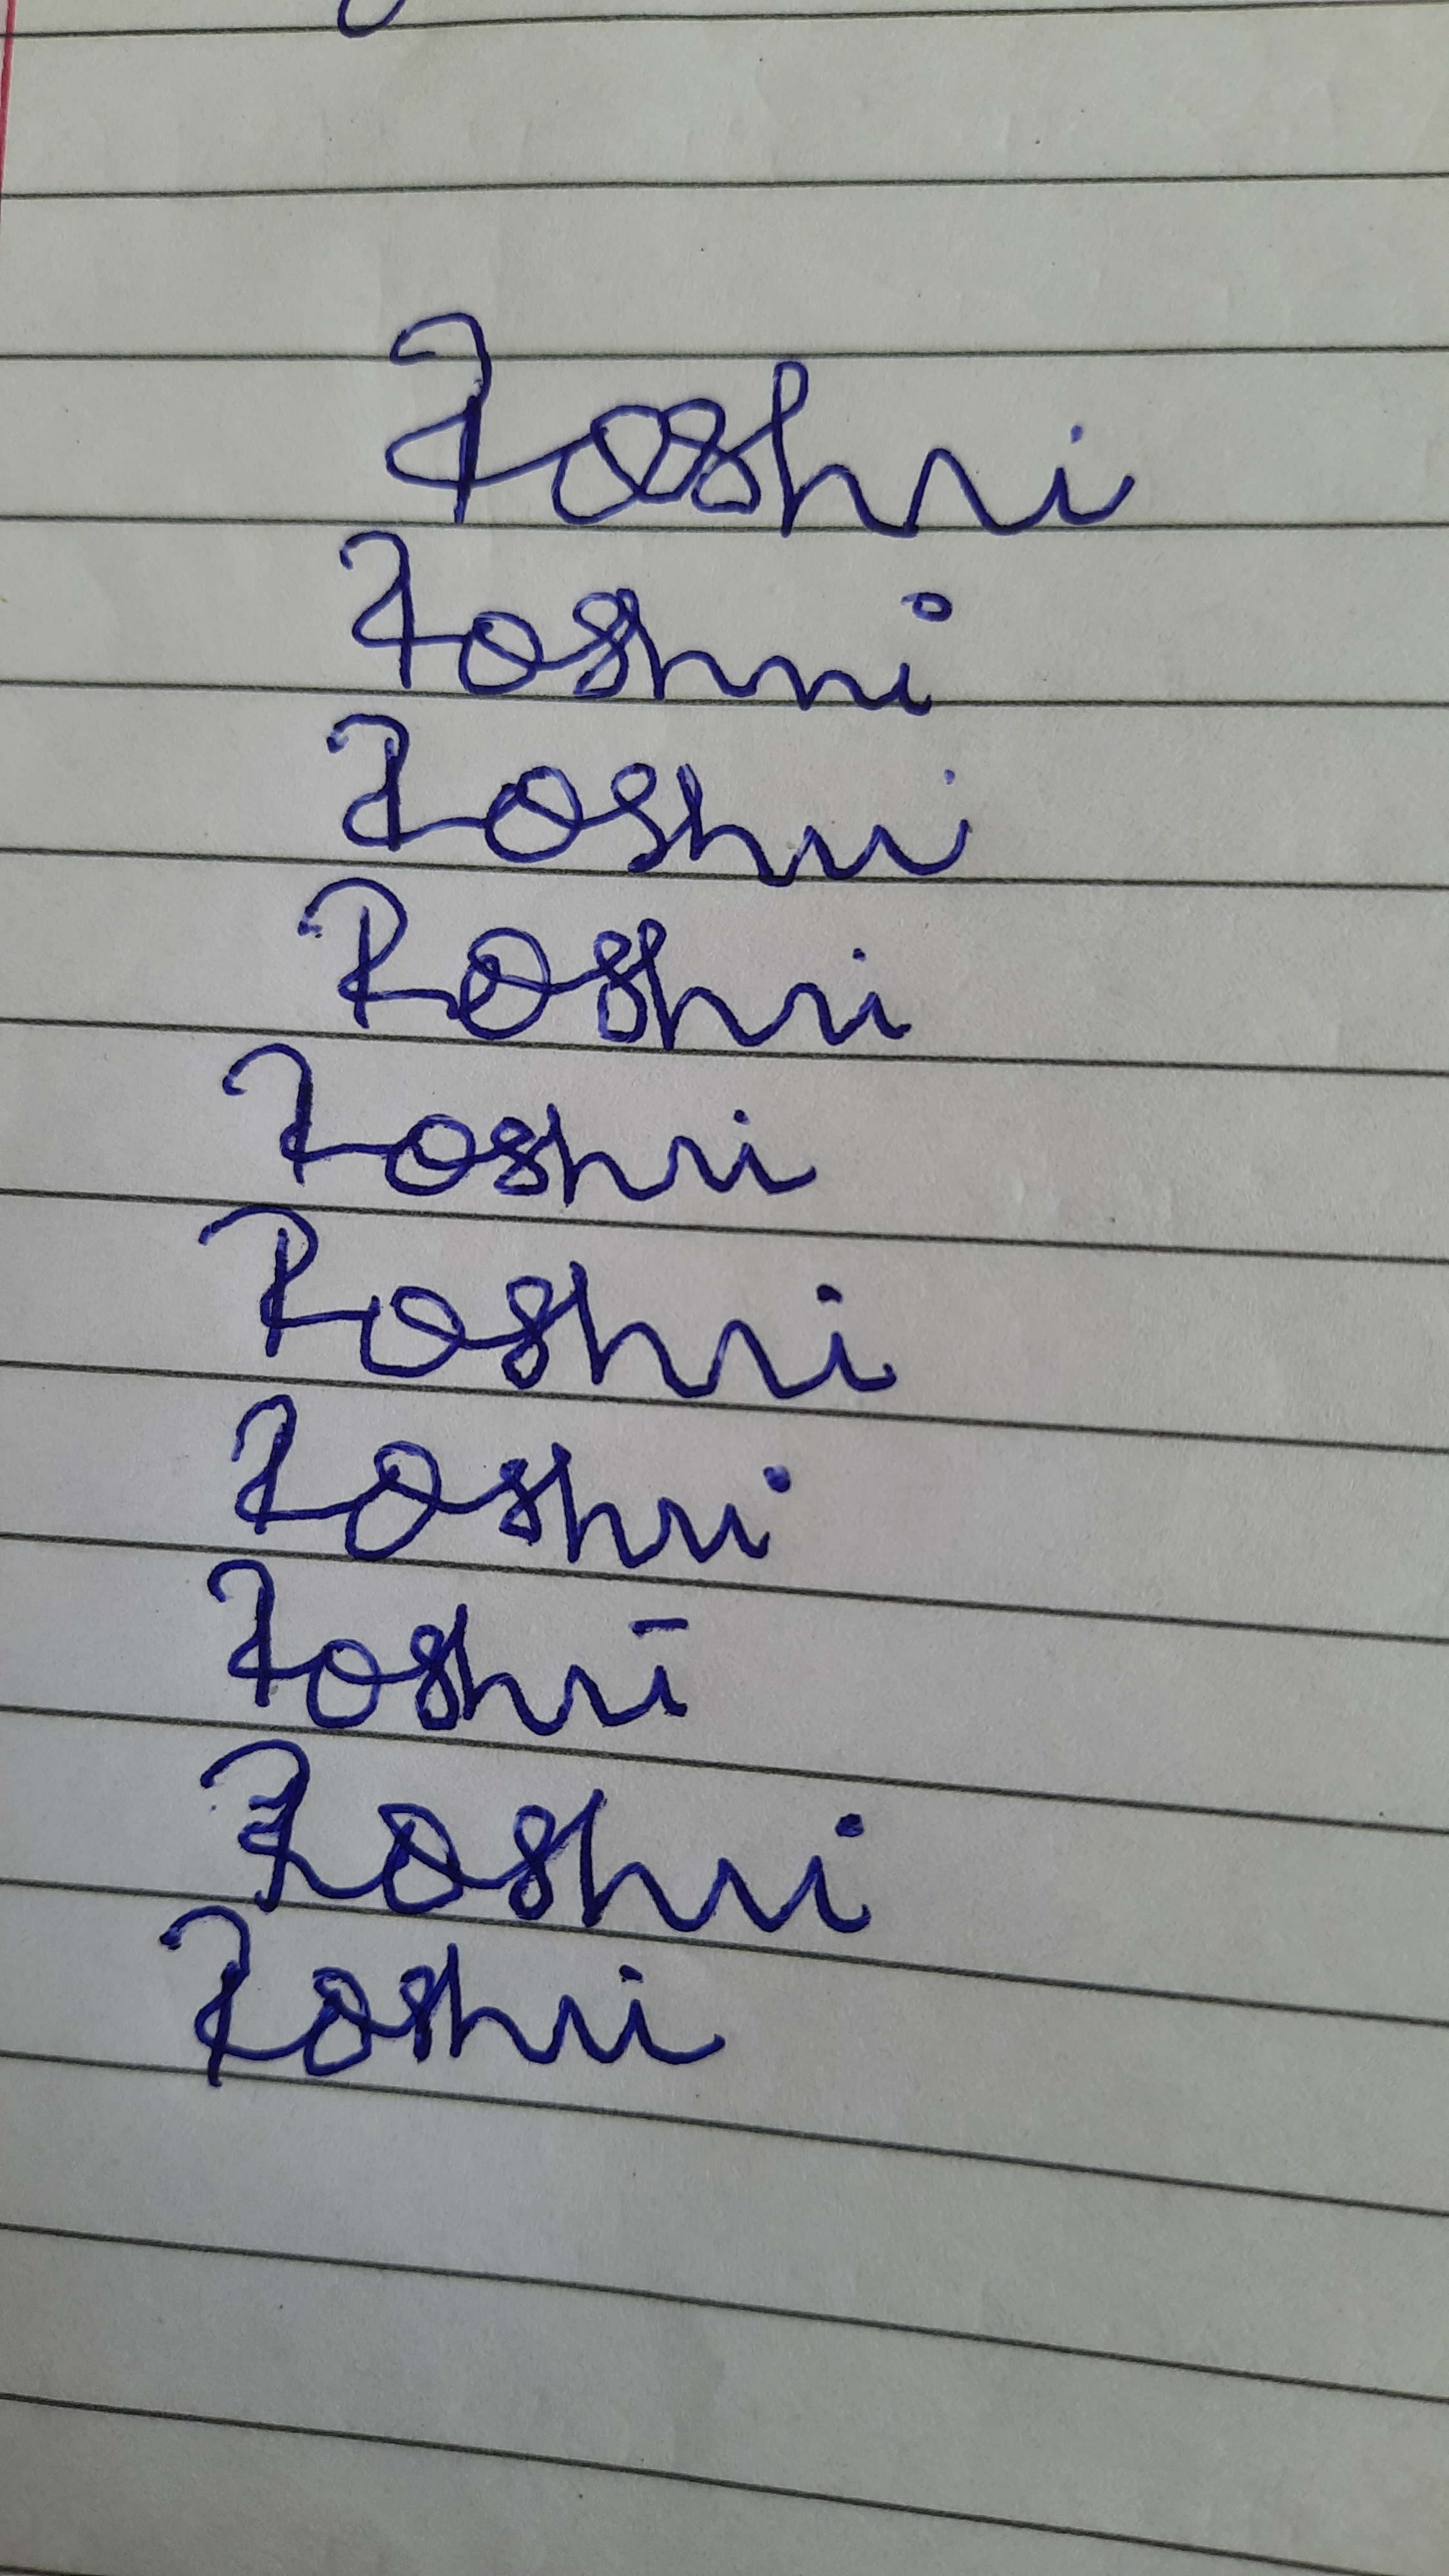
Signature authenticity: forged